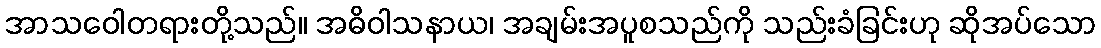
အာသဝေါတရားတို့သည်။ အဓိဝါသနာယ၊ အချမ်းအပူစသည်ကို သည်းခံခြင်းဟု ဆိုအပ်သော